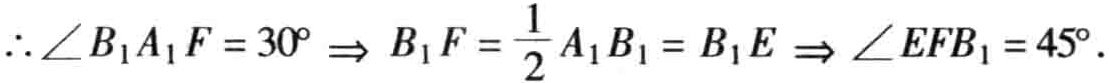
\(\therefore \angle B_{1}A_{1}F = 30^{\circ} \Rightarrow B_{1}F = \frac{1}{2}A_{1}B_{1} = B_{1}E \Rightarrow \angle EFB_{1} = 45^{\circ}.\)